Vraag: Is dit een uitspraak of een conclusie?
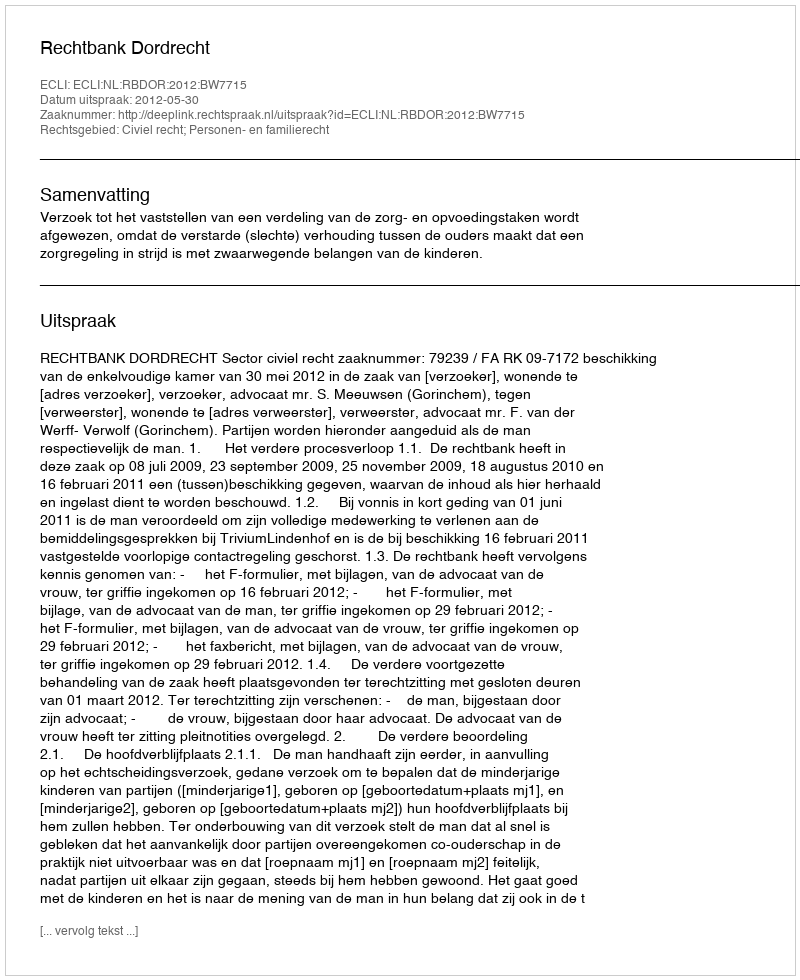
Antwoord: Uitspraak